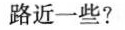
路近一些?